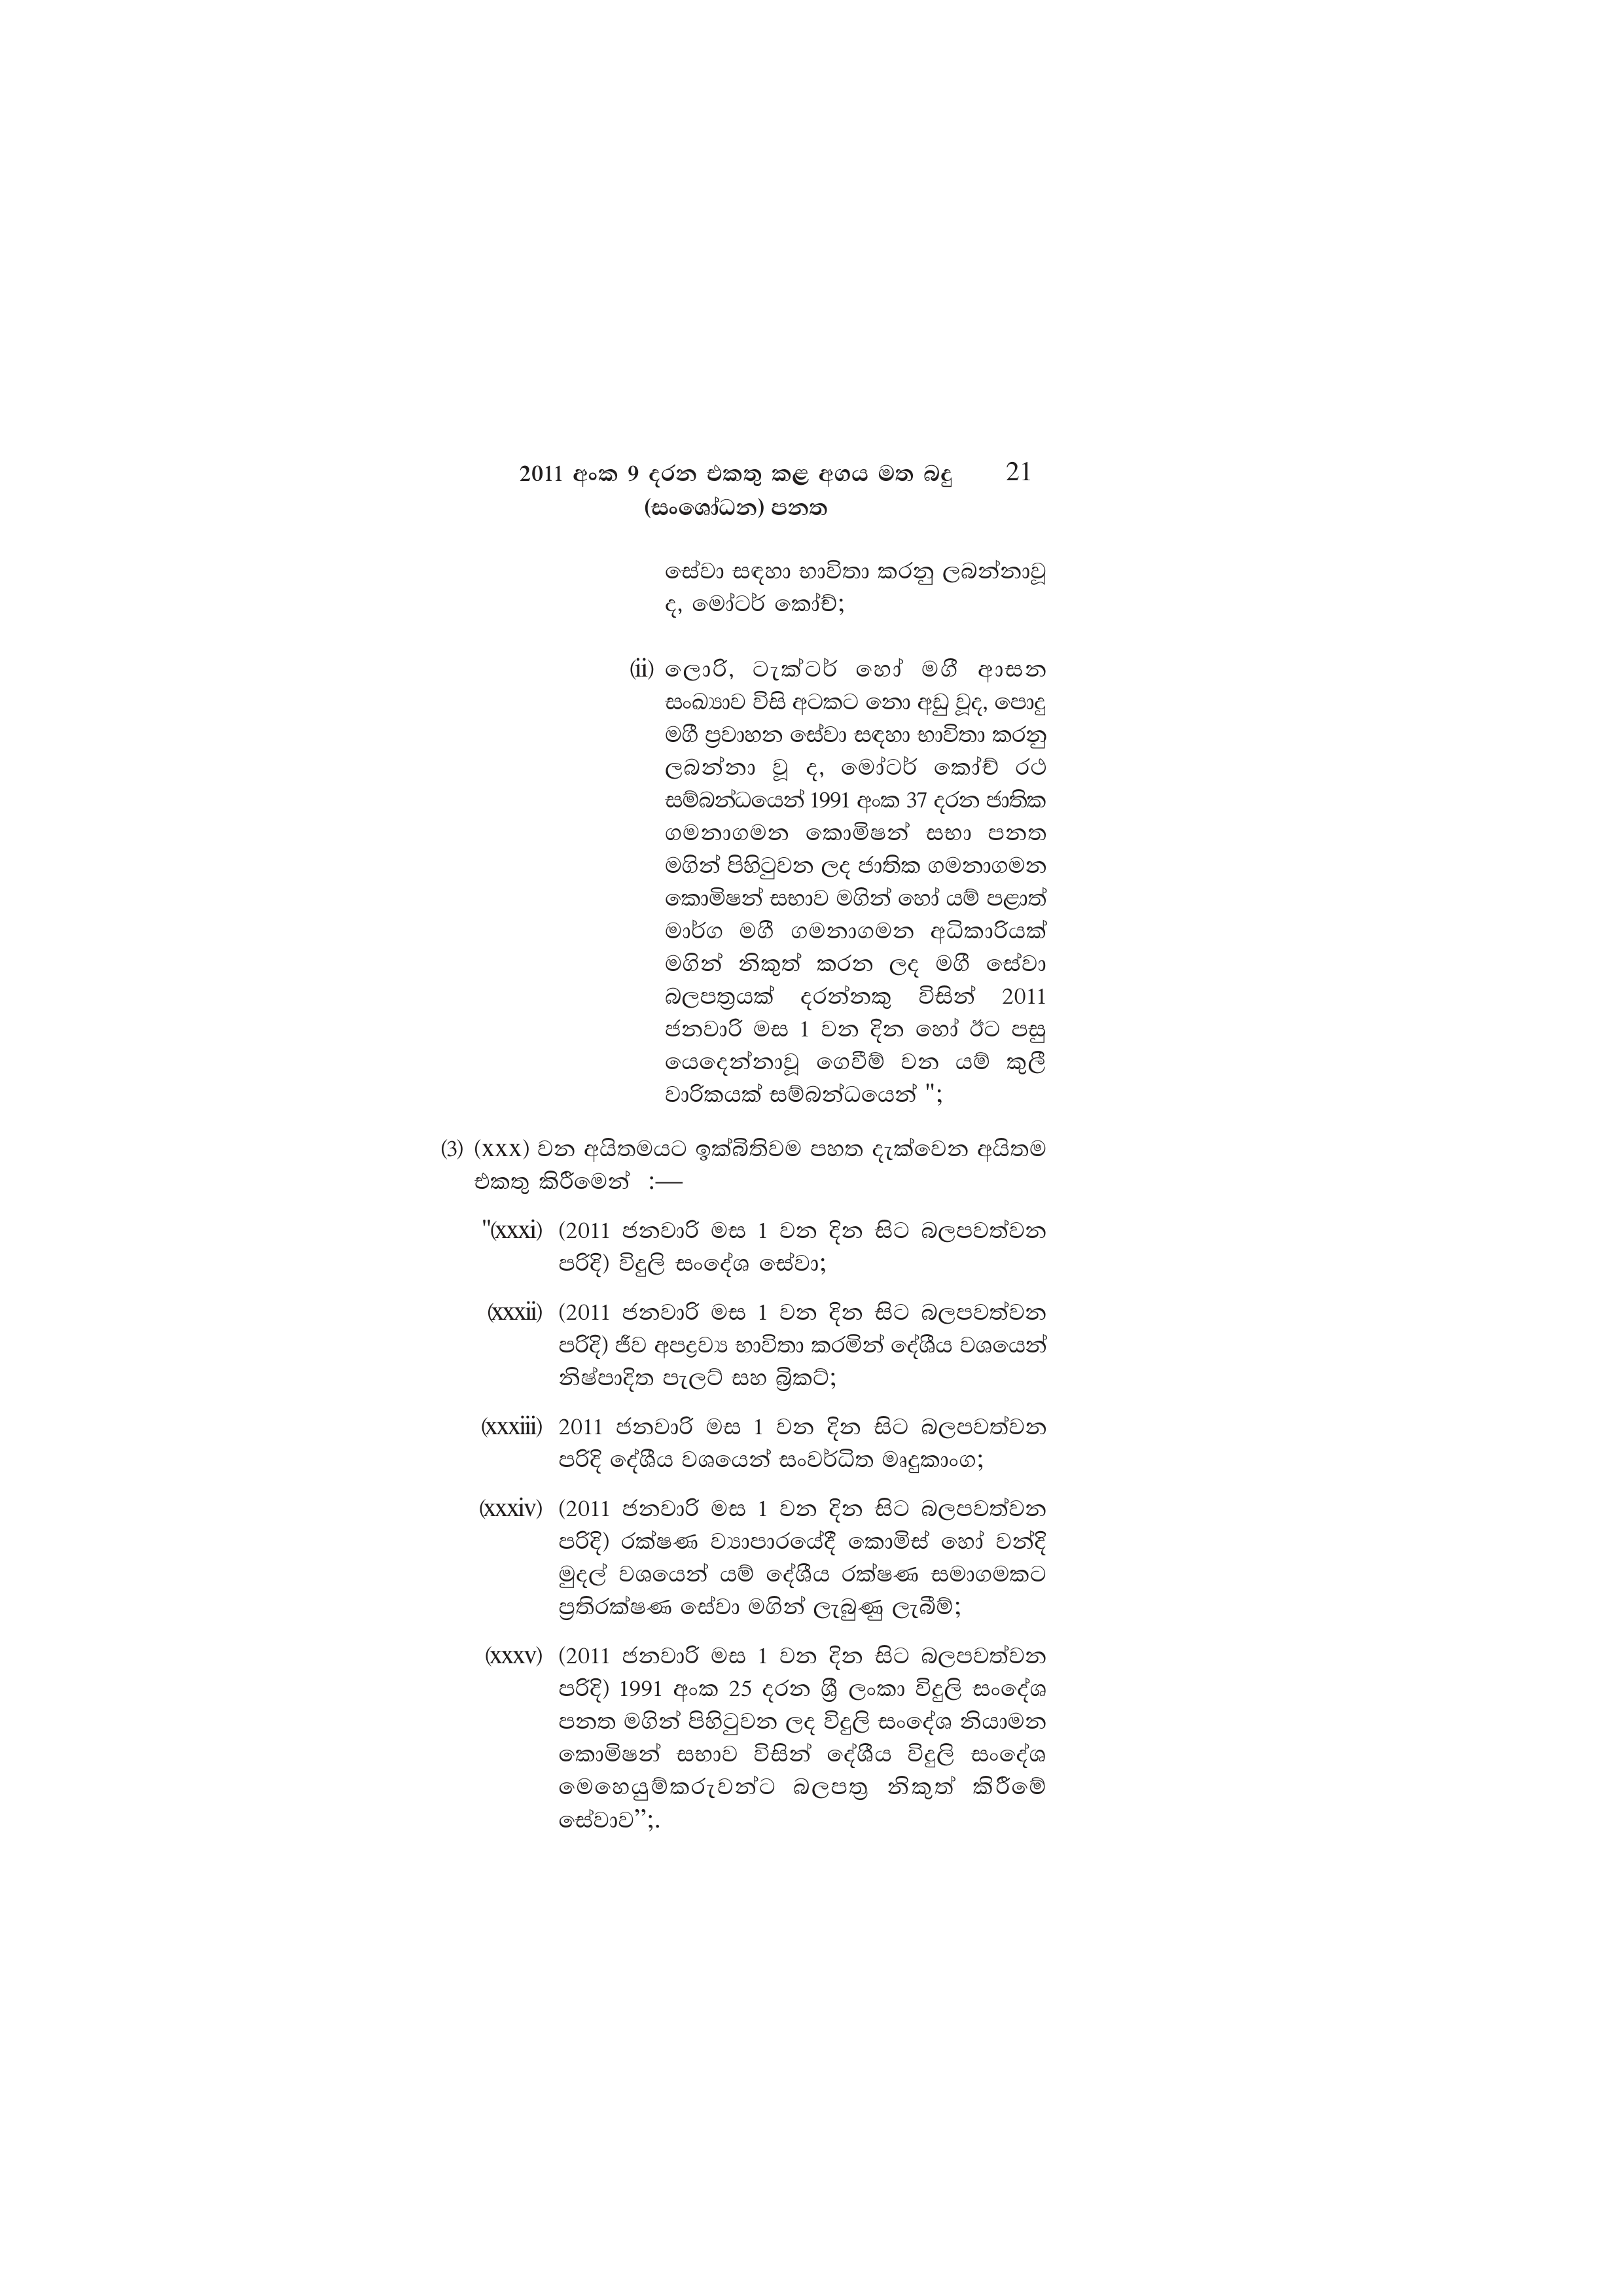
2011 අංක 9 දරන එකතු කළ අගය මත බදු 21
(සංශෝධන) පනත

සේවා සඳහා භාවිතා කරනු ලබන්නාවූ
ද, මෝටර් කෝච්;

(ii) ලොරි, ටැක්ටර් හෝ මගී ආසන
සංඛ්‍යාව විසි අටකට නො අඩු වූද, පොදු
මගී ප්‍රවාහන සේවා සඳහා භාවිතා කරනු
ලබන්නා වූ ද, මෝටර් කෝච් රථ
සම්බන්ධයෙන් 1991 අංක 37 දරන ජාතික
ගමනාගමන කොමිෂන් සභා පනත
මගින් පිහිටුවන ලද ජාතික ගමනාගමන
කොමිෂන් සභාව මගින් හෝ යම් පළාත්
මාර්ග මගී ගමනාගමන අධිකාරියක්
මගින් නිකුත් කරන ලද මගී සේවා
බලපත්‍රයක් දරන්නකු විසින් 2011
ජනවාරි මස 1 වන දින හෝ ඊට පසු
යෙදෙන්නාවූ ගෙවීම් වන යම් කුලී
වාරිකයක් සම්බන්ධයෙන් ";

(3) (XXX) වන අයිතමයට ඉක්බිතිවම පහත දැක්වෙන අයිතම
එකතු කිරීමෙන් :—

"(xxxi) (2011 ජනවාරි මස 1 වන දින සිට බලපවත්වන
පරිදි) විදුලි සංදේශ සේවා;

(xxxii) (2011 ජනවාරි මස 1 වන දින සිට බලපවත්වන
පරිදි) ජීව අපද්‍රව්‍ය භාවිතා කරමින් දේශීය වශයෙන්
නිෂ්පාදිත පැලට් සහ බ්‍රිකට්;

(XXXiii) 2011 ජනවාරි මස 1 වන දින සිට බලපවත්වන
පරිදි දේශීය වශයෙන් සංවර්ධිත මෘදුකාංග;

(Xxxiv) (2011 ජනවාරි මස 1 වන දින සිට බලපවත්වන
පරිදි) රක්ෂණ ව්‍යාපාරයේදී කොමිස් හෝ වන්දි
මුදල් වශයෙන් යම් දේශීය රක්ෂණ සමාගමකට
ප්‍රතිරක්ෂණ සේවා මගින් ලැබුණු ලැබීම්;

(XXXV) (2011 ජනවාරි මස 1 වන දින සිට බලපවත්වන
පරිදි) 1991 අංක 25 දරන ශ්‍රී ලංකා විදුලි සංදේශ
පනත මගින් පිහිටුවන ලද විදුලි සංදේශ නියාමන
කොමිෂන් සභාව විසින් දේශීය විදුලි සංදේශ
මෙහෙයුම්කරුවන්ට බලපත්‍ර නිකුත් කිරීමේ
සේවාව”;.